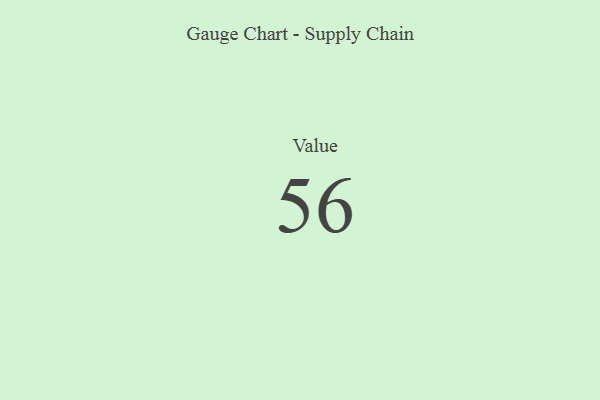
{"axis": {"x": "Metric", "y": "Value"}, "legend": [""], "data": [{"x": "Value", "y": 56, "type": ""}]}